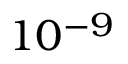
1 0 ^ { - 9 }